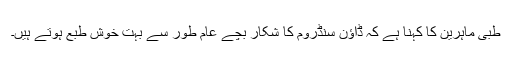
طبی ماہرین کا کہنا ہے کہ ڈاؤن سنڈروم کا شکار بچے عام طور سے بہت خوش طبع ہوتے ہیں۔